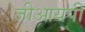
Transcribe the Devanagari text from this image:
जीआयपी